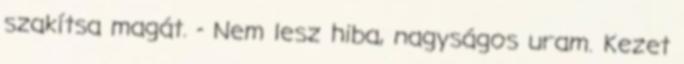
szakítsa magát. - Nem lesz hiba, nagyságos uram. Kezet